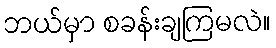
ဘယ်မှာ စခန်းချကြမလဲ။